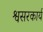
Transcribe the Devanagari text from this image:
श्वसरकार्य